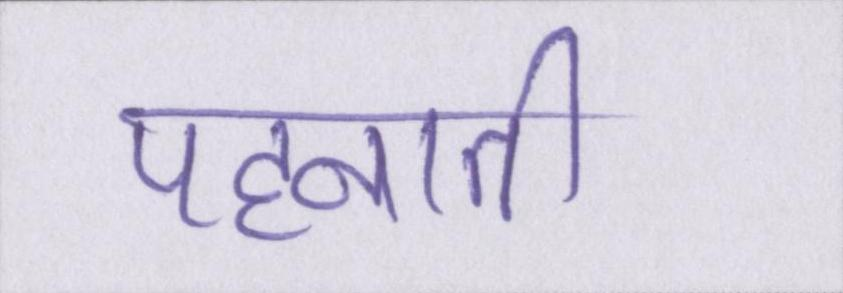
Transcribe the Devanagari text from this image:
पहनाती